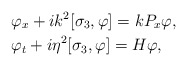
\begin{align*}&\varphi_x+ik^2[\sigma_3,\varphi]=kP_x\varphi,\\&\varphi_t+i\eta^2[\sigma_3,\varphi]= H\varphi,\end{align*}